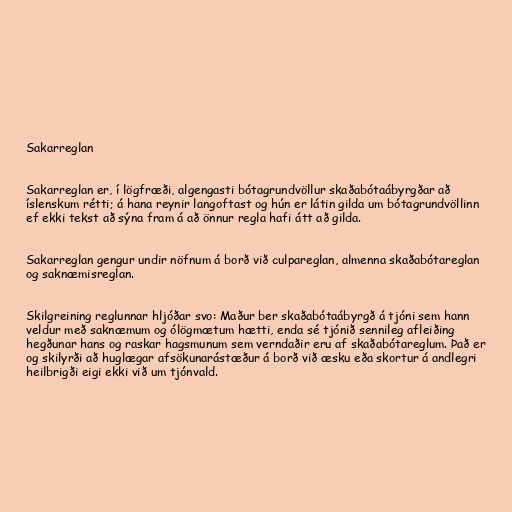
Sakarreglan

Sakarreglan er, í lögfræði, algengasti bótagrundvöllur skaðabótaábyrgðar að
íslenskum rétti; á hana reynir langoftast og hún er látin gilda um bótagrundvöllinn
ef ekki tekst að sýna fram á að önnur regla hafi átt að gilda.

Sakarreglan gengur undir nöfnum á borð við culpareglan, almenna skaðabótareglan
og saknæmisreglan.

Skilgreining reglunnar hljóðar svo: Maður ber skaðabótaábyrgð á tjóni sem hann
veldur með saknæmum og ólögmætum hætti, enda sé tjónið sennileg afleiðing
hegðunar hans og raskar hagsmunum sem verndaðir eru af skaðabótareglum. Það er
og skilyrði að huglægar afsökunarástæður á borð við æsku eða skortur á andlegri
heilbrigði eigi ekki við um tjónvald.